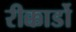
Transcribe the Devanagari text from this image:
रीक्कार्डो